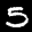
Label: 5